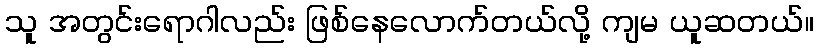
သူ အတွင်းရောဂါလည်း ဖြစ်နေလောက်တယ်လို့ ကျမ ယူဆတယ်။